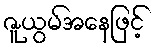
ဇူယွမ်အနေဖြင့်